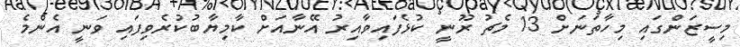
މިސީޒަންގައި މިހާތަނަށް 13 މެޗު ރޫނީ ކުޅެފައިވާއިރު އޭނާއަށް ކާމިޔާބުކުރެވިފައި ވަނީ އެންމެ